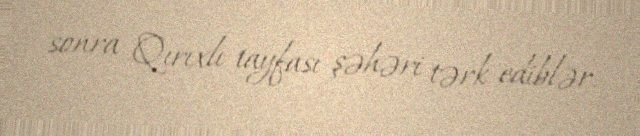
sonra Qırıxlı tayfası şəhəri tərk ediblər.